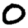
Digit: 0